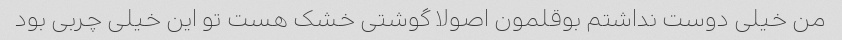
من خیلی دوست نداشتم بوقلمون اصولا گوشتی خشک هست تو این خیلی چربی بود